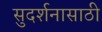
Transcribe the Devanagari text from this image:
सुदर्शनासाठी